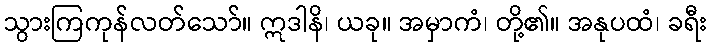
သွားကြကုန်လတ်သော်။ ဣဒါနိ၊ ယခု။ အမှာကံ၊ တို့၏။ အနုပထံ၊ ခရီး